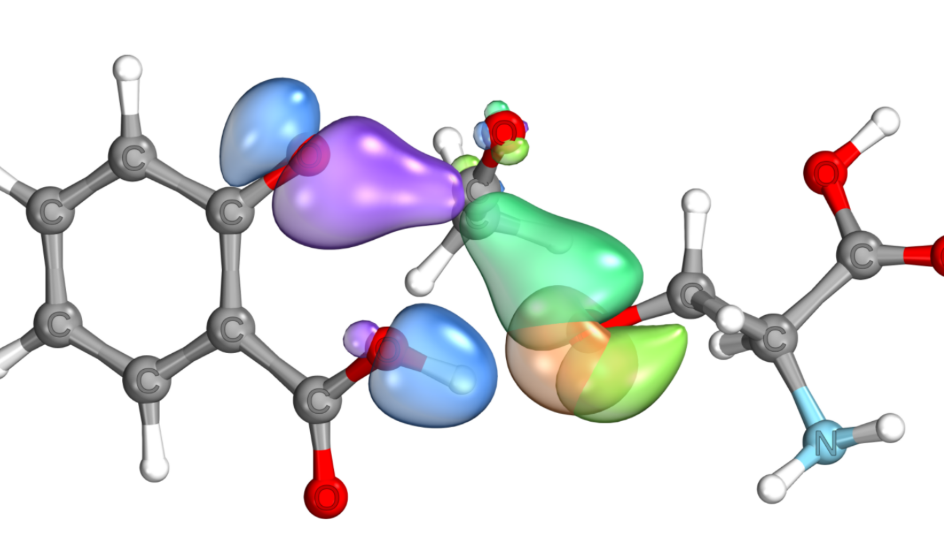
iboview, orbital